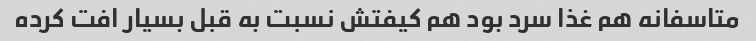
متاسفانه هم غذا سرد بود هم کیفتش نسبت به قبل بسیار افت کرده